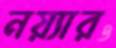
নয়্যার